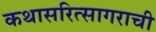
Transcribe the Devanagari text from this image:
कथासरित्सागराची